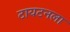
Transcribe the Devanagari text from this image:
टायटनला